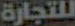
للتجارة